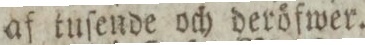
af tuſende och deröfwer.